Plague in India, 1896, 1897 - Volume 1
Year: 1896
Disease focus: Plague
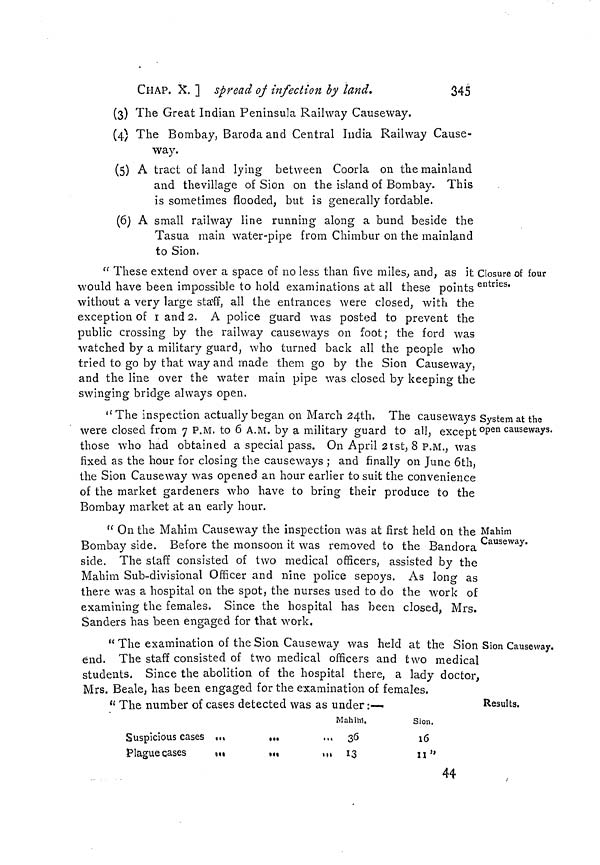
CHAP. X. ] spread of infection by land.
345
(3) The Great Indian Peninsula Railway Causeway.
(4) The Bombay, Baroda and Central India Railway Cause-
way.
(5) A tract of land lying between Coorla on the mainland
and thevillage of Sion on the island of Bombay. This
is sometimes flooded, but is generally fordable.
(6) A small railway line running along a bund beside the
Tasua main water-pipe from Chimbur on the mainland
to Sion.
Closure of four
entries.
" These extend over a space of no less than five miles, and, as it
would have been impossible to hold examinations at all these points
without a very large staff, all the entrances were closed, with the
exception of 1 and 2. A police guard was posted to prevent the
public crossing by the railway causeways on foot; the ford was
watched by a military guard, who turned back all the people who
tried to go by that way and made them go by the Sion Causeway,
and the line over the water main pipe was closed by keeping the
swinging bridge always open.
System at the
open causeways.
"The inspection actually began on March 24th. The causeways
were closed from 7 P.M. to 6 A.M. by a military guard to all, except
those who had obtained a special pass. On April 21st, 8 P.M., was
fixed as the hour for closing the causeways ; and finally on June 6th,
the Sion Causeway was opened an hour earlier to suit the convenience
of the market gardeners who have to bring their produce to the
Bombay market at an early hour.
Mahim
Causeway.
" On the Mahim Causeway the inspection was at first held on the
Bombay side. Before the monsoon it was removed to the Bandora
side. The staff consisted of two medical officers, assisted by the
Mahim Sub-divisional Officer and nine police sepoys. As long as
there was a hospital on the spot, the nurses used to do the work of
examining the females. Since the hospital has been closed, Mrs.
Sanders has been engaged for that work.
Sion Causeway.
" The examination of the Sion Causeway was held at the Sion
end. The staff consisted of two medical officers and two medical
students. Since the abolition of the hospital there, a lady doctor,
Mrs. Beale, has been engaged for the examination of females.
Results.
" The number of cases detected was as under :•
Suspicious cases ...
Plague cases
...
Mahihl.
.0.
,,,
36
*** *** 13
Sion.
16
11"
44